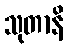
သုတာနိ